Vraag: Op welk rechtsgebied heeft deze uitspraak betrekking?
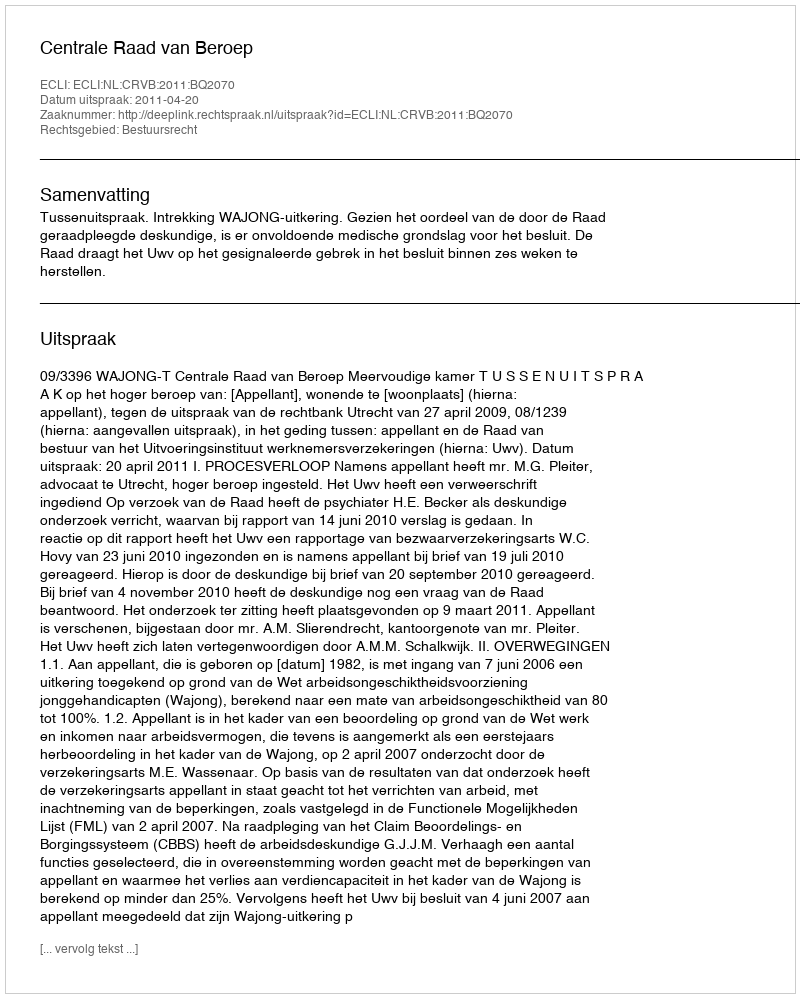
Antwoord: Bestuursrecht